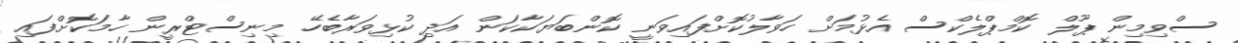
ސްވިމިން ޕޫލް ކޮމްޕްލެކްސް އެޅުމަށް ހަވާލުކޮށްފައިވަނީ ކޮންބަޔަކާކަން އަދި ކުޅިވަރާބެހޭ މިނިސްޓްރީން ހާމަކޮށްފައި